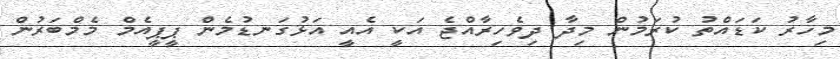
މިހާރު ކަޑައްތު ކުރަމުން މިދާ ދިވެހިރާއްޖެ އަކީ އެއީ އަޅުގަނޑުމެން ޕީޕީއެމް މެމްބަރުން